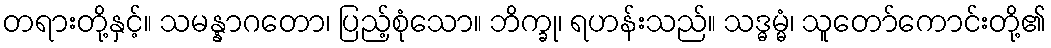
တရားတို့နှင့်။ သမန္နာဂတော၊ ပြည့်စုံသော။ ဘိက္ခု၊ ရဟန်းသည်။ သဒ္ဓမ္မံ၊ သူတော်ကောင်းတို့၏